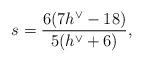
LaTeX: \begin{align*}s=\frac{6(7h^\vee-18)}{5(h^\vee+6)},\end{align*}